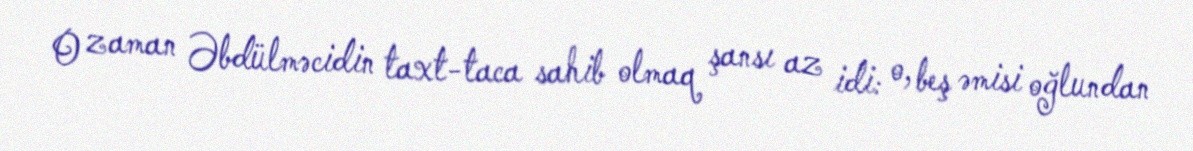
O zaman Əbdülməcidin taxt-taca sahib olmaq şansı az idi: o, beş əmisi oğlundan